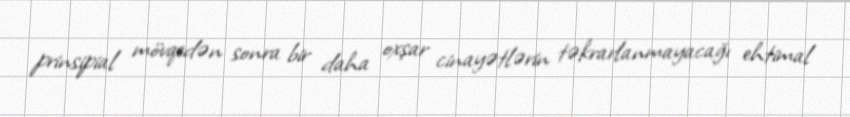
prinsipial mövqedən sonra bir daha oxşar cinayətlərin təkrarlanmayacağı ehtimal